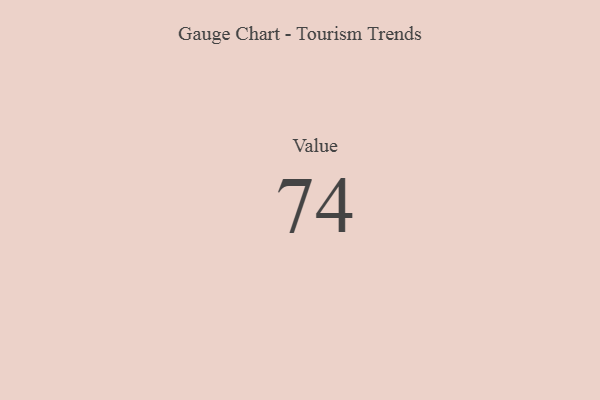
{"axis": {"x": "Metric", "y": "Value"}, "legend": [""], "data": [{"x": "Value", "y": 74, "type": ""}]}